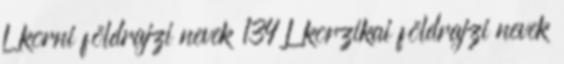
L korni földrajzi nevek‎ 134 L korzikai földrajzi nevek‎